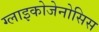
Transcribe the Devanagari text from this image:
ग्लाइकोजेनोसिस